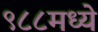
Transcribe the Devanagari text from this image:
९८८मध्ये